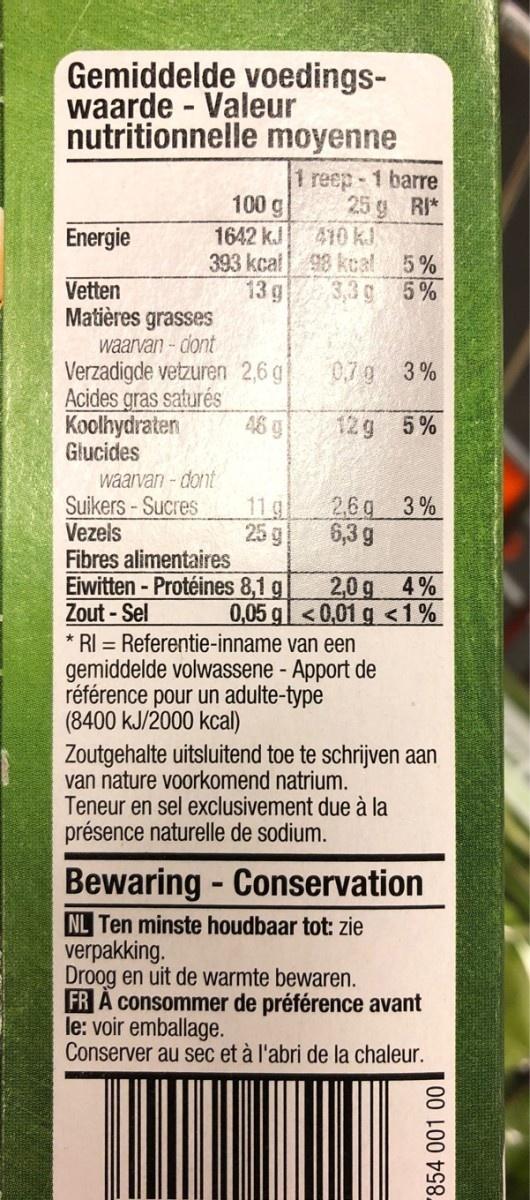
Gemiddelde voedings- waarde - Valeur nutritionnelle moyenne %3D 1 reep- 1 barre 25 g RI* 610 kJ 100 g Energie 1642 kJ 393 kcai 98 kcal 5% 5% Vetten Matières grasses waarvan - dont Verzadigde vetzuren 2,6 g Acides gras saturés Koolhydraten Glucides 13 g 3,3 g 0.7g 3% 48 g 12g 5% waarvan - dont Suikers - Sucres Vezels Fibres alimentaires Eiwitten - Protéines 8,1 g Zout - Sel * RI = Referentie-inname van een gemiddelde volwassene - Apport de référence pour un adulte-type (8400 kJ/2000 kcal) Zoutgehalte uitsluitend toe te schrijven aan van nature voorkomend natrium. Teneur en sel exclusivement due à la présence naturelle de sodium. 11g 26g 3% 6,3 g 25 g 2,0 g 4% 0,05 g<0,01 g <1% Bewaring - Conservation NL Ten minste houdbaar tot: zie verpakking. Droog en uit de warmte bewaren. FR A consommer de préférence avant le: voir emballage. Conserver au sec et à l'abri de la chaleur. 854 001 00